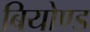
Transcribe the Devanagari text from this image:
बियोण्ड